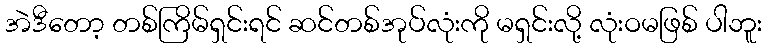
အဲဒီတော့ တစ်ကြိမ်ရှင်းရင် ဆင်တစ်အုပ်လုံးကို မရှင်းလို့ လုံးဝမဖြစ် ပါဘူး